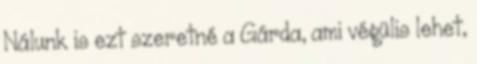
Nálunk is ezt szeretné a Gárda, ami végülis lehet,